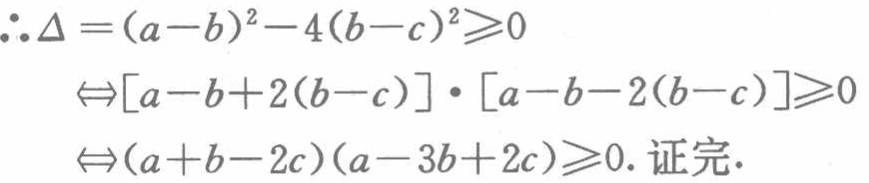
\(\therefore \Delta =(a - b)^2 - 4(b - c)^2\geqslant0\)
\(\Leftrightarrow[a - b + 2(b - c)]\cdot[a - b - 2(b - c)]\geqslant0\)
\(\Leftrightarrow(a + b - 2c)(a - 3b + 2c)\geqslant0.\) 证完.